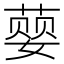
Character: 𮐨